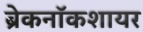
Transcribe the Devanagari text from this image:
ब्रेकनॉकशायर